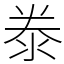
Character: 𣳾